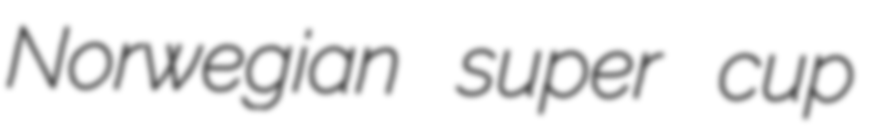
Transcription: Norwegian super cup